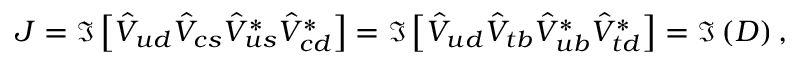
J = \Im \left[ \hat { V } _ { u d } \hat { V } _ { c s } \hat { V } _ { u s } ^ { * } \hat { V } _ { c d } ^ { * } \right] = \Im \left[ \hat { V } _ { u d } \hat { V } _ { t b } \hat { V } _ { u b } ^ { * } \hat { V } _ { t d } ^ { * } \right] = \Im \left( D \right) ,